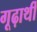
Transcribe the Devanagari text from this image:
गूढ़ार्थी